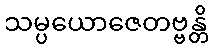
သမ္ပယောဇေတဗ္ဗန္တိ